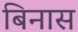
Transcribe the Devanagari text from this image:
बिनास